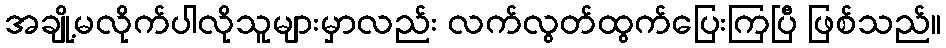
အချို့မလိုက်ပါလိုသူများမှာလည်း လက်လွတ်ထွက်ပြေးကြပြီ ဖြစ်သည်။